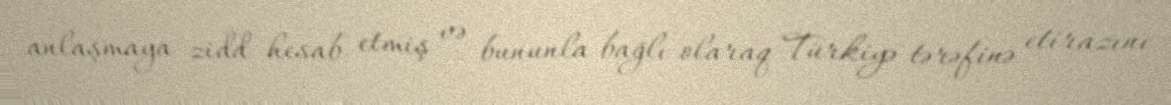
anlaşmaya zidd hesab etmiş və bununla bağlı olaraq Türkiyə tərəfinə etirazını